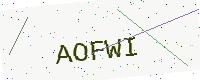
Text: AOFWI